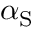
\alpha _ { \mathrm { S } }